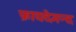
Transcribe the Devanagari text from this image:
फ़ायदेमन्द